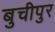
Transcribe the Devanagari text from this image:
बुचीपुर